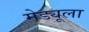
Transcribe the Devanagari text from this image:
मेड्यूला